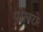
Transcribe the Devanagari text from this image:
पोखरो